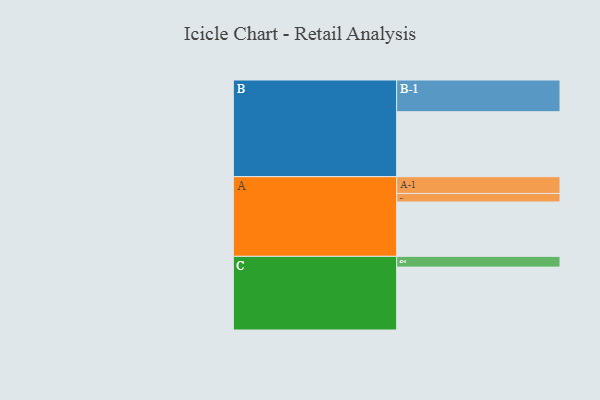
{"axis": {"x": "Segment", "y": "Value"}, "legend": ["", "A", "B", "C"], "data": [{"x": "A", "y": 389, "type": ""}, {"x": "B", "y": 465, "type": ""}, {"x": "C", "y": 450, "type": ""}, {"x": "A-1", "y": 120, "type": "A"}, {"x": "A-2", "y": 61, "type": "A"}, {"x": "B-1", "y": 227, "type": "B"}, {"x": "C-1", "y": 77, "type": "C"}]}